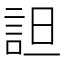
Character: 詚